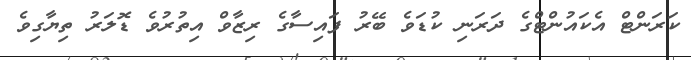
ކަރަންޓް އެކައުންޓްގެ ދަރަނި ކުޑަވެ ބޭރު ފައިސާގެ ރިޒާވް އިތުރުވެ ޑޮލަރު ތިޔާގިވެ